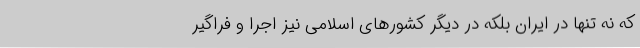
که نه تنها در ایران بلکه در دیگر کشورهای اسلامی نیز اجرا و فراگیر